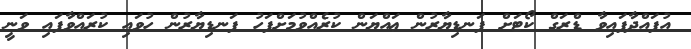
އުފައްދާފައިވާ ޑްރަގް ކޯޓަށް ފަނޑިޔާރުން ޢައްޔަން ކުރެއްވުމަށްފަހު ފަނޑިޔާރުން ހުވައި ކުރައްވާފައި ވަނީ